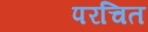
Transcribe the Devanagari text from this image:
परचित